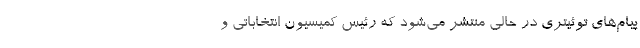
پیام‌های توئیتری در حالی منتشر می‌شود که رئیس کمیسیون انتخاباتی و